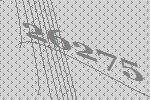
26275